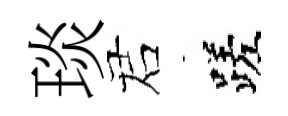
琰诺蹉